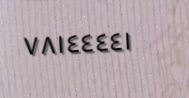
٧٨١٤٤٤٤١